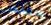
والضغط